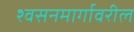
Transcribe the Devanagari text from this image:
श्वसनमार्गावरील